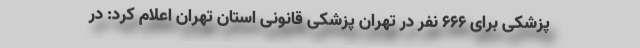
پزشکی برای ۶۶۶ نفر در تهران پزشکی قانونی استان تهران اعلام کرد: در